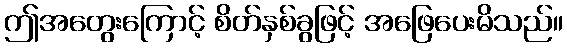
ဤအတွေးကြောင့် စိတ်နှစ်ခွဖြင့် အဖြေပေးမိသည်။